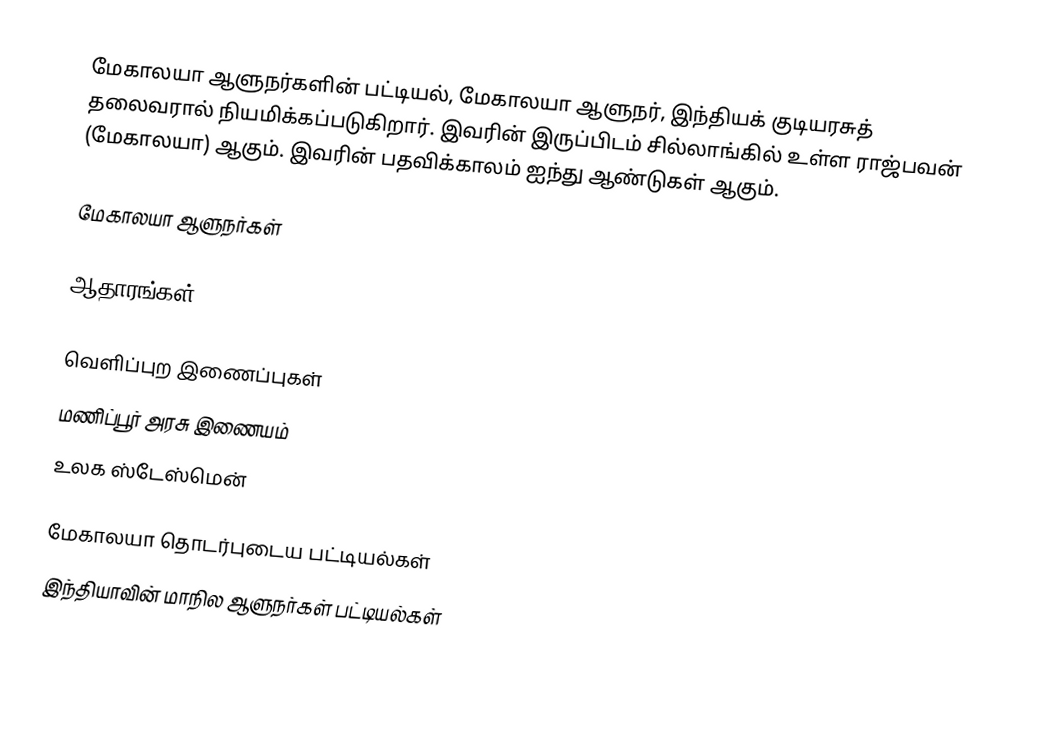
மேகாலயா ஆளுநர்களின் பட்டியல், மேகாலயா ஆளுநர், இந்தியக் குடியரசுத் தலைவரால் நியமிக்கப்படுகிறார். இவரின் இருப்பிடம் சில்லாங்கில் உள்ள ராஜ்பவன் (மேகாலயா) ஆகும். இவரின் பதவிக்காலம் ஐந்து ஆண்டுகள் ஆகும்.

மேகாலயா ஆளுநர்கள்

ஆதாரங்கள்

வெளிப்புற இணைப்புகள்
 மணிப்பூர் அரசு இணையம்
 உலக ஸ்டேஸ்மென்

மேகாலயா தொடர்புடைய பட்டியல்கள்
இந்தியாவின் மாநில ஆளுநர்கள் பட்டியல்கள்